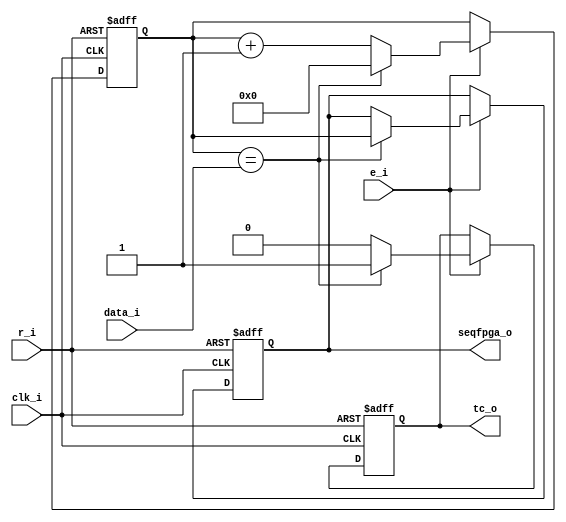
module counter_fpga
(
	clk_i,
	r_i,
	e_i,
	data_i,
	tc_o,
	seqfpga_o
);
localparam N = 4;

input wire clk_i,r_i,e_i;
input wire [N-1:0]data_i;
output reg [N-1:0]seqfpga_o;
output reg tc_o;
reg [N-1:0] total;

always@(posedge clk_i or posedge r_i)begin
	if (r_i) begin
		total <= 4'b0000;
		tc_o <= 1'b0;
		seqfpga_o <= 4'b0000;
	end
	else if (e_i) begin
		if (total == data_i) begin
			tc_o <= 1;
			seqfpga_o <= total;
			total <= 4'b0000;
		end
		else begin
			total <= total + 1;
			tc_o <= 0;
		end
	end
	
end

endmodule